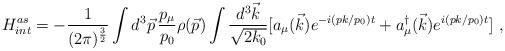
LaTeX: \begin{align*}H^{as}_{int}=-{\displaystyle \frac{1}{(2\pi)^{\frac{3}{2}}}}\int d^3 \vec{p}\,\frac{p_{\mu}}{p_0}\rho(\vec{p}) \int \frac{d^3 \vec{k}}{\sqrt{2k_0}}[a_{\mu}(\vec{k})e^{-i(pk/p_0)t}+a_{\mu}^{\dagger}(\vec{k})e^{i(pk/p_0)t}] \,\,,\end{align*}